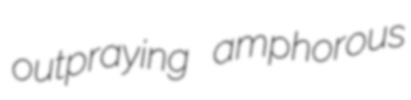
outpraying amphorous